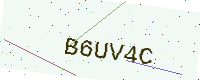
Text: B6UV4C